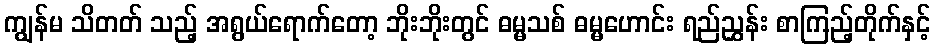
ကျွန်မ သိတတ် သည့် အရွယ်ရောက်တော့ ဘိုးဘိုးတွင် ဓမ္မသစ် ဓမ္မဟောင်း ရည်ညွှန်း စာကြည့်တိုက်နှင့်